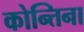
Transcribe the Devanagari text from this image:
कोन्तिना